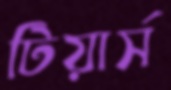
টিয়ার্স